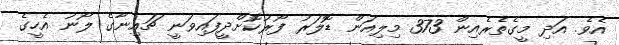
އެވެ. އަދި މީގެތެރެއިން 373 މިލިއަން ޑޮލަރު ފޯރުކޮށްދީފައިވަނީ ޗައިނާގެ ލޯނު އެހީގެ